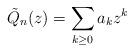
LaTeX: \begin{align*}\tilde{Q}_n(z)=\sum_{k\geq 0}a_k z^k \end{align*}